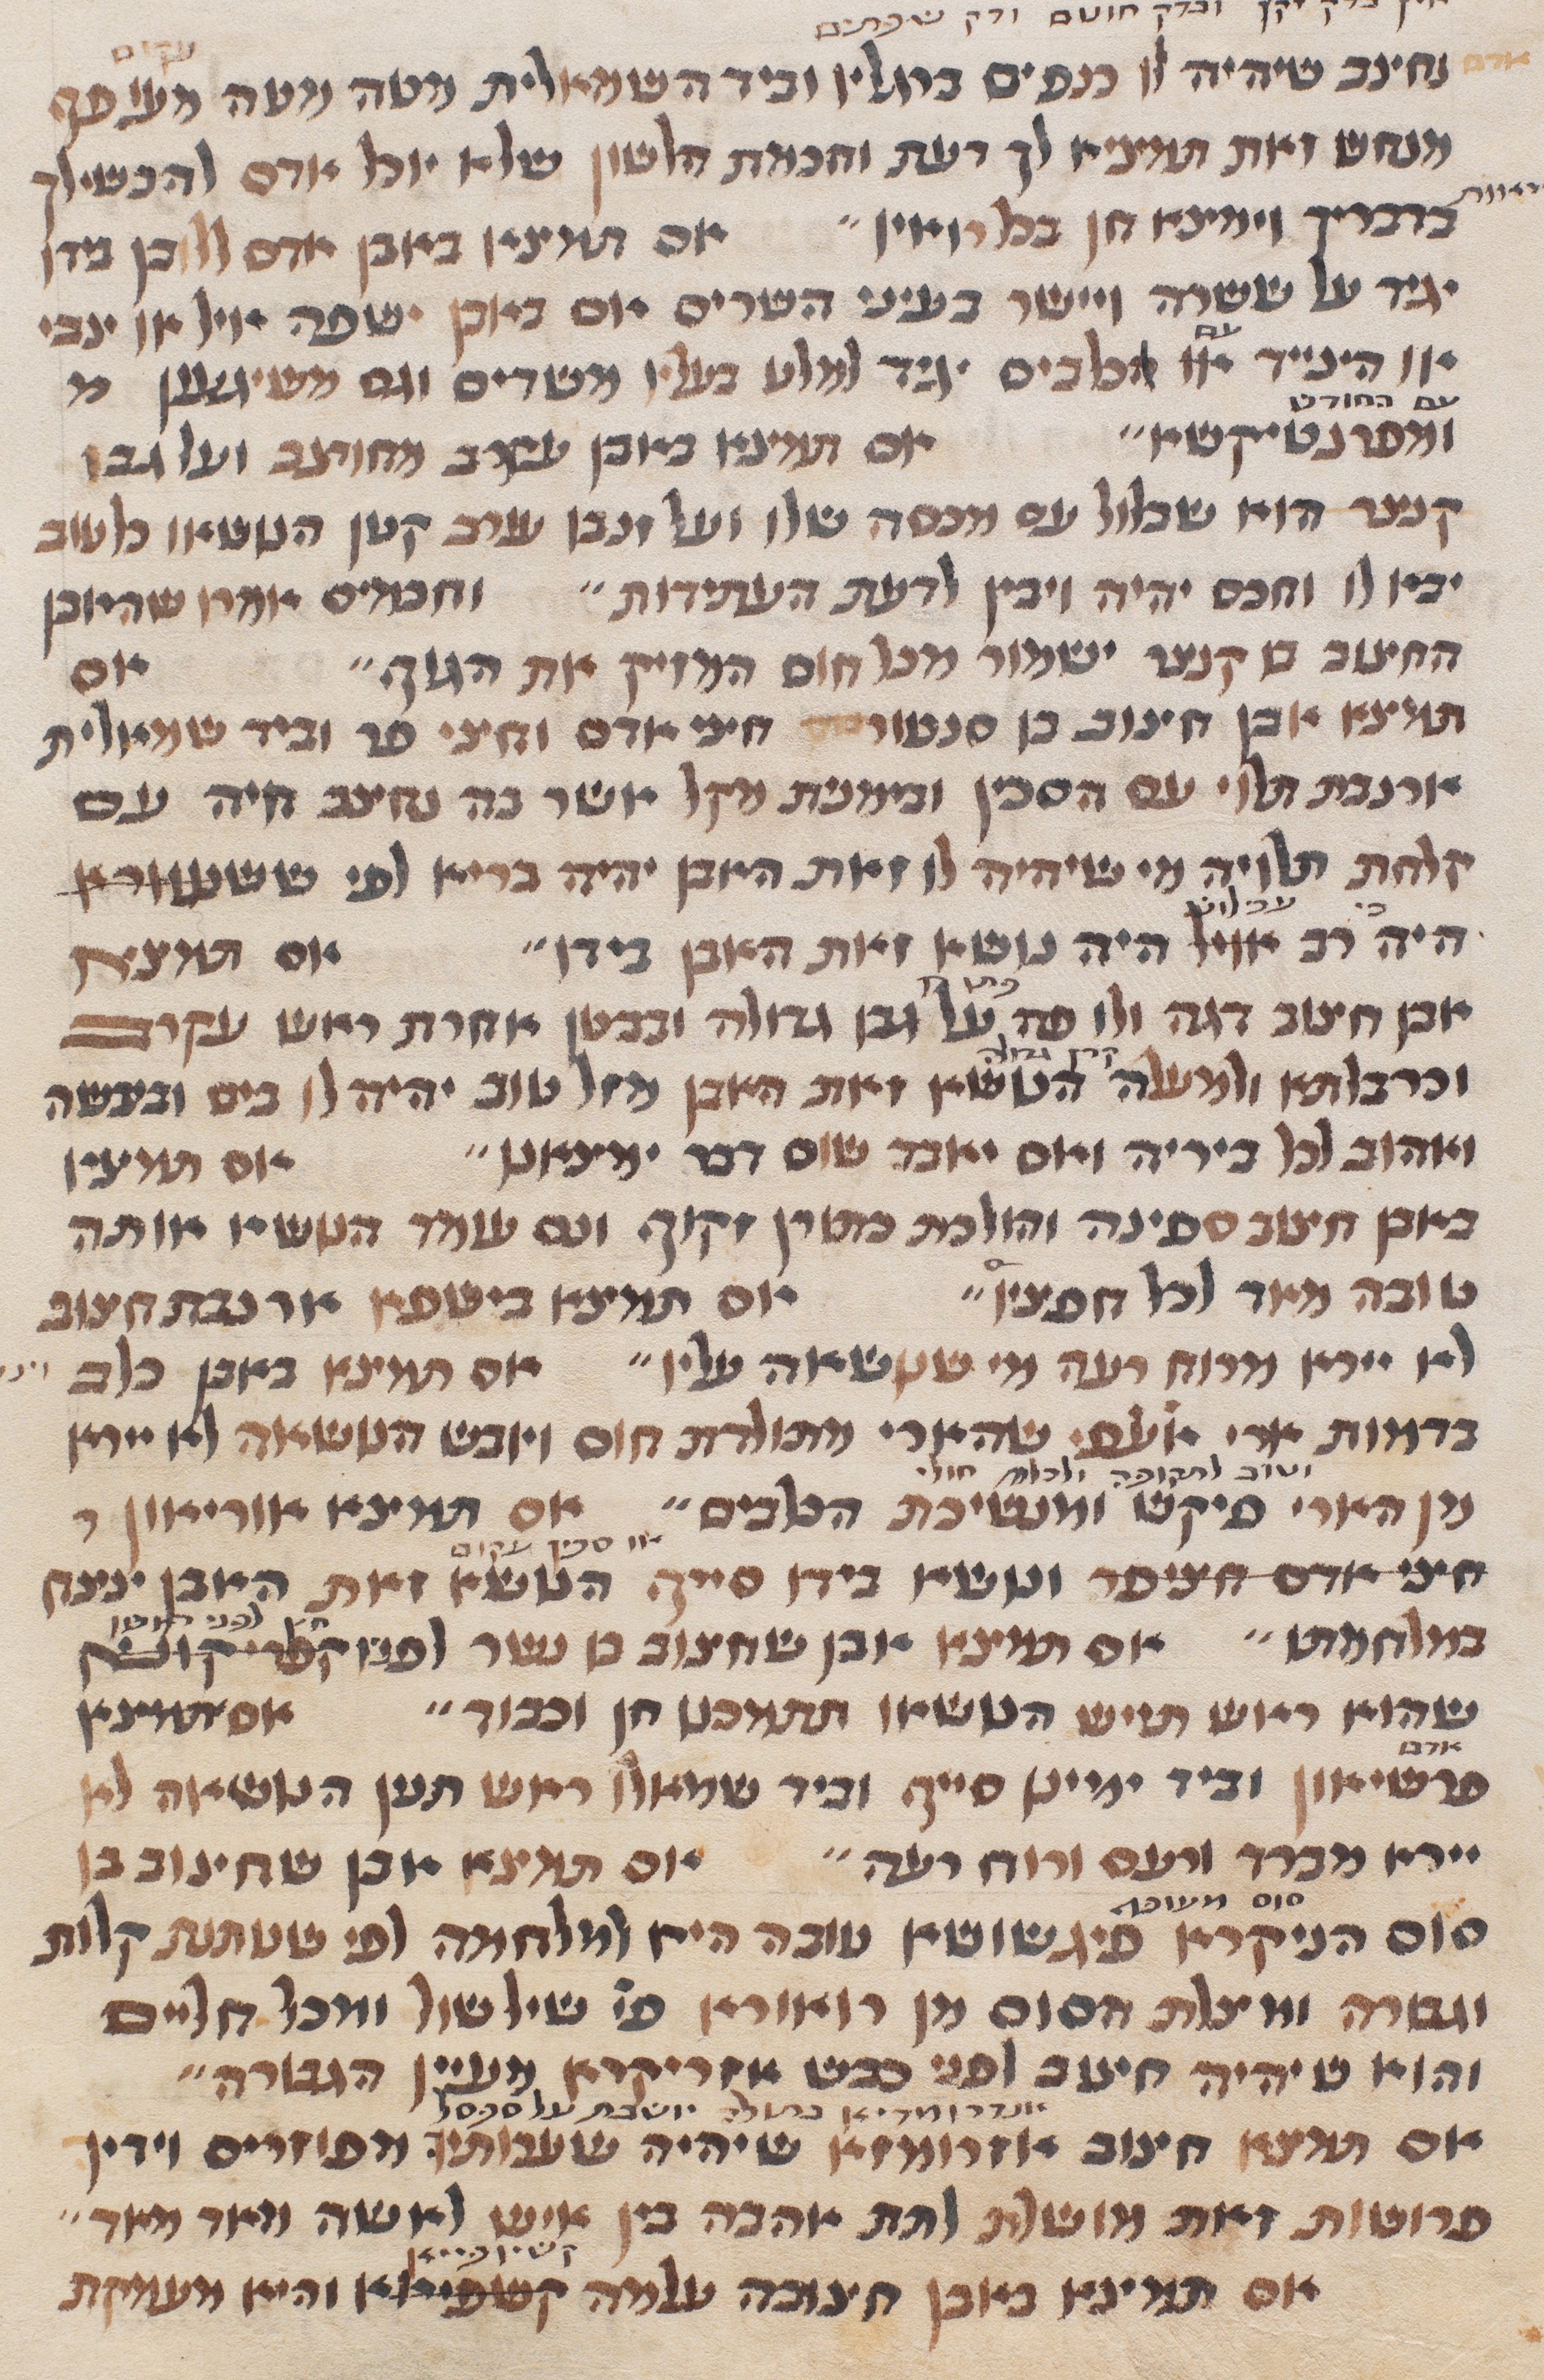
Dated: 1290–1290